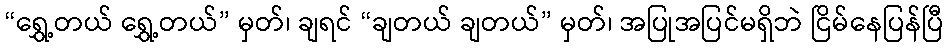
“ရွှေ့တယ် ရွှေ့တယ်” မှတ်၊ ချရင် “ချတယ် ချတယ်” မှတ်၊ အပြုအပြင်မရှိဘဲ ငြိမ်နေပြန်ပြီ